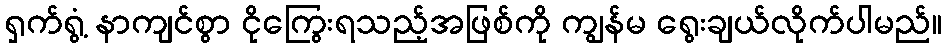
ရှက်ရွံ့ နာကျင်စွာ ငိုကြွေးရသည့်အဖြစ်ကို ကျွန်မ ရွေးချယ်လိုက်ပါမည်။